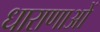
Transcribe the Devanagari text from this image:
धाराणाआें